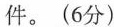
件。(6分)